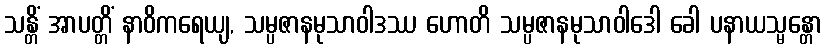
သန္တိံ အာပတ္တိံ နာဝိကရေယျ, သမ္ပဇာနမုသာဝါဒဿ ဟောတိ သမ္ပဇာနမုသာဝါဒေါ ခေါ ပနာယသ္မန္တော